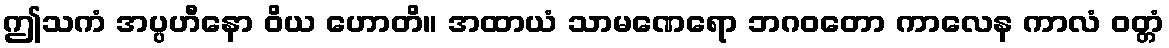
ဤသကံ အပ္ပဟီနော ဝိယ ဟောတိ။ အထာယံ သာမဏေရော ဘဂဝတော ကာလေန ကာလံ ဝတ္တံ